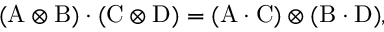
( \mathrm { A } \otimes \mathrm { B } ) \cdot ( \mathrm { C } \otimes \mathrm { D } ) = ( \mathrm { A } \cdot \mathrm { C } ) \otimes ( \mathrm { B } \cdot \mathrm { D } ) ,